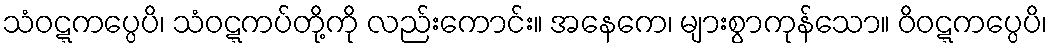
သံဝဋ္ဋကပ္ပေပိ၊ သံဝဋ္ဋကပ်တို့ကို လည်းကောင်း။ အနေကေ၊ များစွာကုန်သော။ ဝိဝဋ္ဋကပ္ပေပိ၊